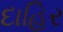
દાહિર